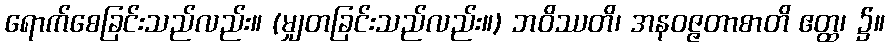
ရောက်စေခြင်းသည်လည်း။ (မျှတခြင်းသည်လည်း။) ဘဝိဿတိ၊ အနဝဇ္ဇတာစာတိ ဧတ္ထ၊ ၌။